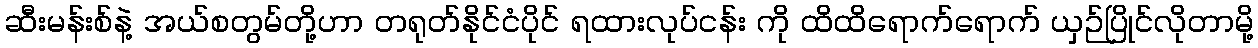
ဆီးမန်းစ်နဲ့ အယ်စတွမ်တို့ဟာ တရုတ်နိုင်ငံပိုင် ရထားလုပ်ငန်း ကို ထိထိရောက်ရောက် ယှဉ်ပြိုင်လိုတာမို့